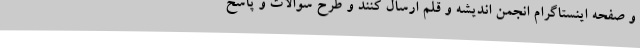
و صفحه اینستاگرام انجمن اندیشه و قلم ارسال کنند و طرح سوالات و پاسخ